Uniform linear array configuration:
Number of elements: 32
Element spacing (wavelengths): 0.75
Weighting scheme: exponential
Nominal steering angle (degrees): -30
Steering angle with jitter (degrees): -29.17
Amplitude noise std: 0.05
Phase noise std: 0.05

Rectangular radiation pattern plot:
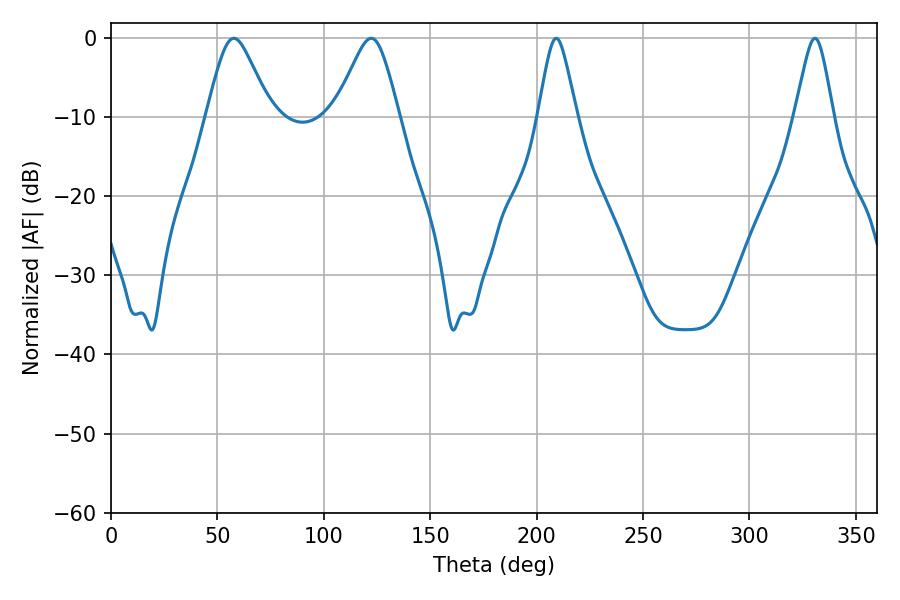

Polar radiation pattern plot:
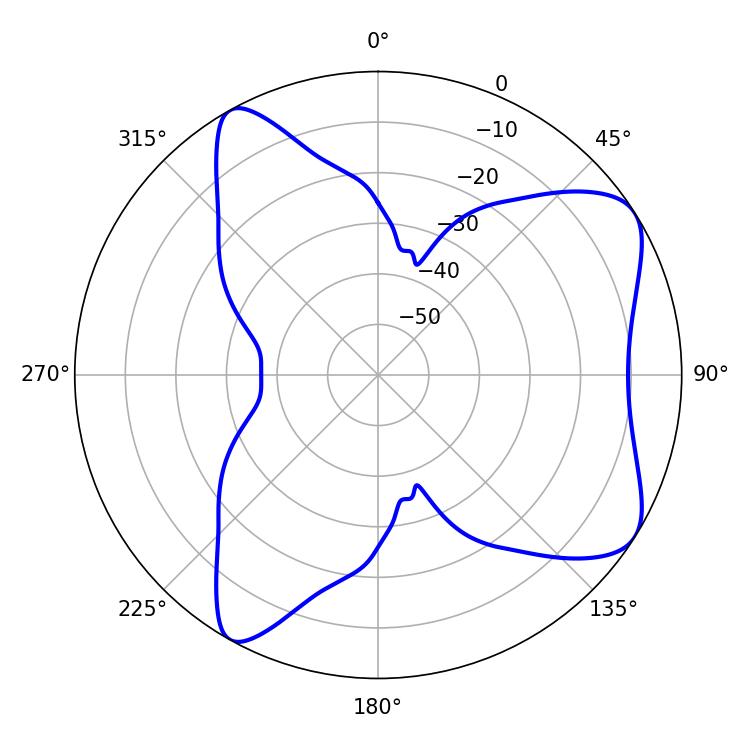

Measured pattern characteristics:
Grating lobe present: TRUE
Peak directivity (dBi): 7.36
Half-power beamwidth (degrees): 14.58
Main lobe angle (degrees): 57.78